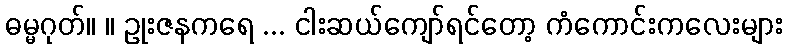
ဓမ္မဂုတ်။ ။ ဥုးဇနကရေ ... ငါးဆယ်ကျော်ရင်တော့ ကံကောင်းကလေးများ